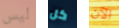
ليس كل الآن